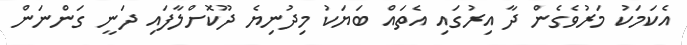
އެކަމަކު މަރުވެގެން ދާ އިރުގައި އެތައް ބަޔަކު މިދުނިޔެ ދޫކޮށްލާފައި ދަނީ ގަންނަން